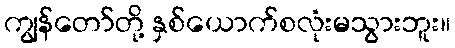
ကျွန်တော်တို့ နှစ်ယောက်စလုံးမသွားဘူး။